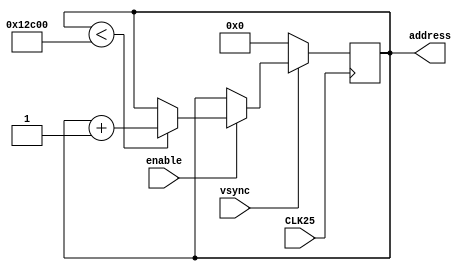
// File digital_cam_impl1/address_Generator.vhd translated with vhd2vl v3.0 VHDL to Verilog RTL translator
// vhd2vl settings:
//  * Verilog Module Declaration Style: 2001

// vhd2vl is Free (libre) Software:
//   Copyright (C) 2001 Vincenzo Liguori - Ocean Logic Pty Ltd
//     http://www.ocean-logic.com
//   Modifications Copyright (C) 2006 Mark Gonzales - PMC Sierra Inc
//   Modifications (C) 2010 Shankar Giri
//   Modifications Copyright (C) 2002-2017 Larry Doolittle
//     http://doolittle.icarus.com/~larry/vhd2vl/
//   Modifications (C) 2017 Rodrigo A. Melo
//
//   vhd2vl comes with ABSOLUTELY NO WARRANTY.  Always check the resulting
//   Verilog for correctness, ideally with a formal verification tool.
//
//   You are welcome to redistribute vhd2vl under certain conditions.
//   See the license (GPLv2) file included with the source for details.

// The result of translation follows.  Its copyright status should be
// considered unchanged from the original VHDL.

// no timescale needed

module Address_Generator(
input wire CLK25,
input wire enable,
input wire vsync,
output wire [16:0] address
);

// horloge de 25 MHz et signal d'activation respectivement
// adresse genere



reg [16:0] val = 1'b0;  // signal intermidiaire

  assign address = val;
  // adresse genere
  always @(posedge CLK25) begin
    if((enable == 1'b1)) begin
      if((val < (320 * 240))) begin
        // si l'espace memoire est balay completement        
        val <= val + 1;
      end
    end
    if(vsync == 1'b0) begin
      val <= {17{1'b0}};
    end
  end


endmodule